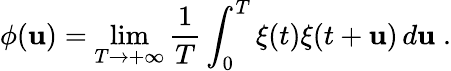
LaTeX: \phi(\mathbf{u})=\operatorname*{lim}_{T\to+\infty}\frac{{1}}{{T}}\int_{0}^{T}\xi(t)\xi(t+\mathbf{u})\, d\mathbf{u}\; .